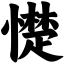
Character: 憷